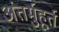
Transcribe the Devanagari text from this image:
अंतर्मुहूर्त